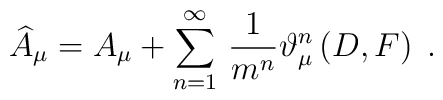
\widehat{A}_\mu =A_\mu +\sum_{n=1}^\infty \,\frac 1{m^n}\vartheta _\mu^n\left( D,F\right) \;.